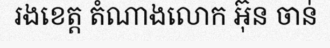
រងខេត្ត តំណាងលោក អ៊ុន ចាន់